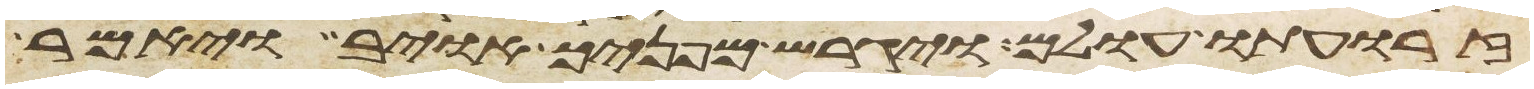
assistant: זרועת עולם ויגרש מפניך אויב ויאמר